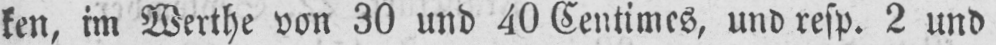
ken, im Werthe von 30 und 40 Centimes, und resp. 2 und